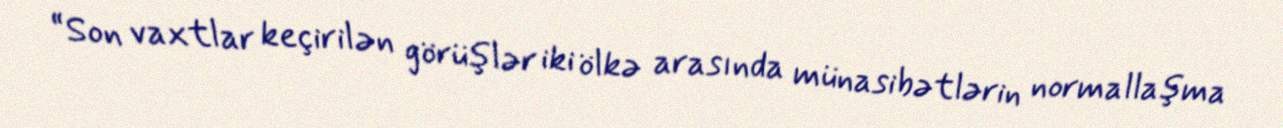
“Son vaxtlar keçirilən görüşlər iki ölkə arasında münasibətlərin normallaşma